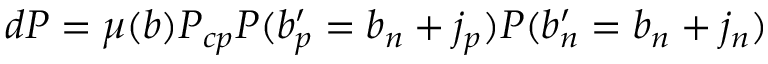
\begin{array} { r } { d P = \mu ( b ) P _ { c p } P ( b _ { p } ^ { \prime } = b _ { n } + j _ { p } ) P ( b _ { n } ^ { \prime } = b _ { n } + j _ { n } ) } \end{array}